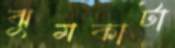
ঝুমকাটা